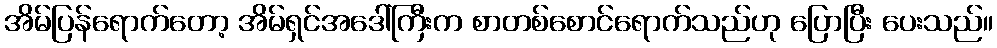
အိမ်ပြန်ရောက်တော့ အိမ်ရှင်အဒေါ်ကြီးက စာတစ်စောင်ရောက်သည်ဟု ပြောပြီး ပေးသည်။